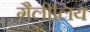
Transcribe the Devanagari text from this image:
गैलीलिय